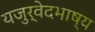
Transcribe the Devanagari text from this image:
यजुर्वेदभाष्य